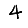
Digit: 4